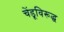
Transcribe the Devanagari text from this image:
चेंडूविरूद्ध